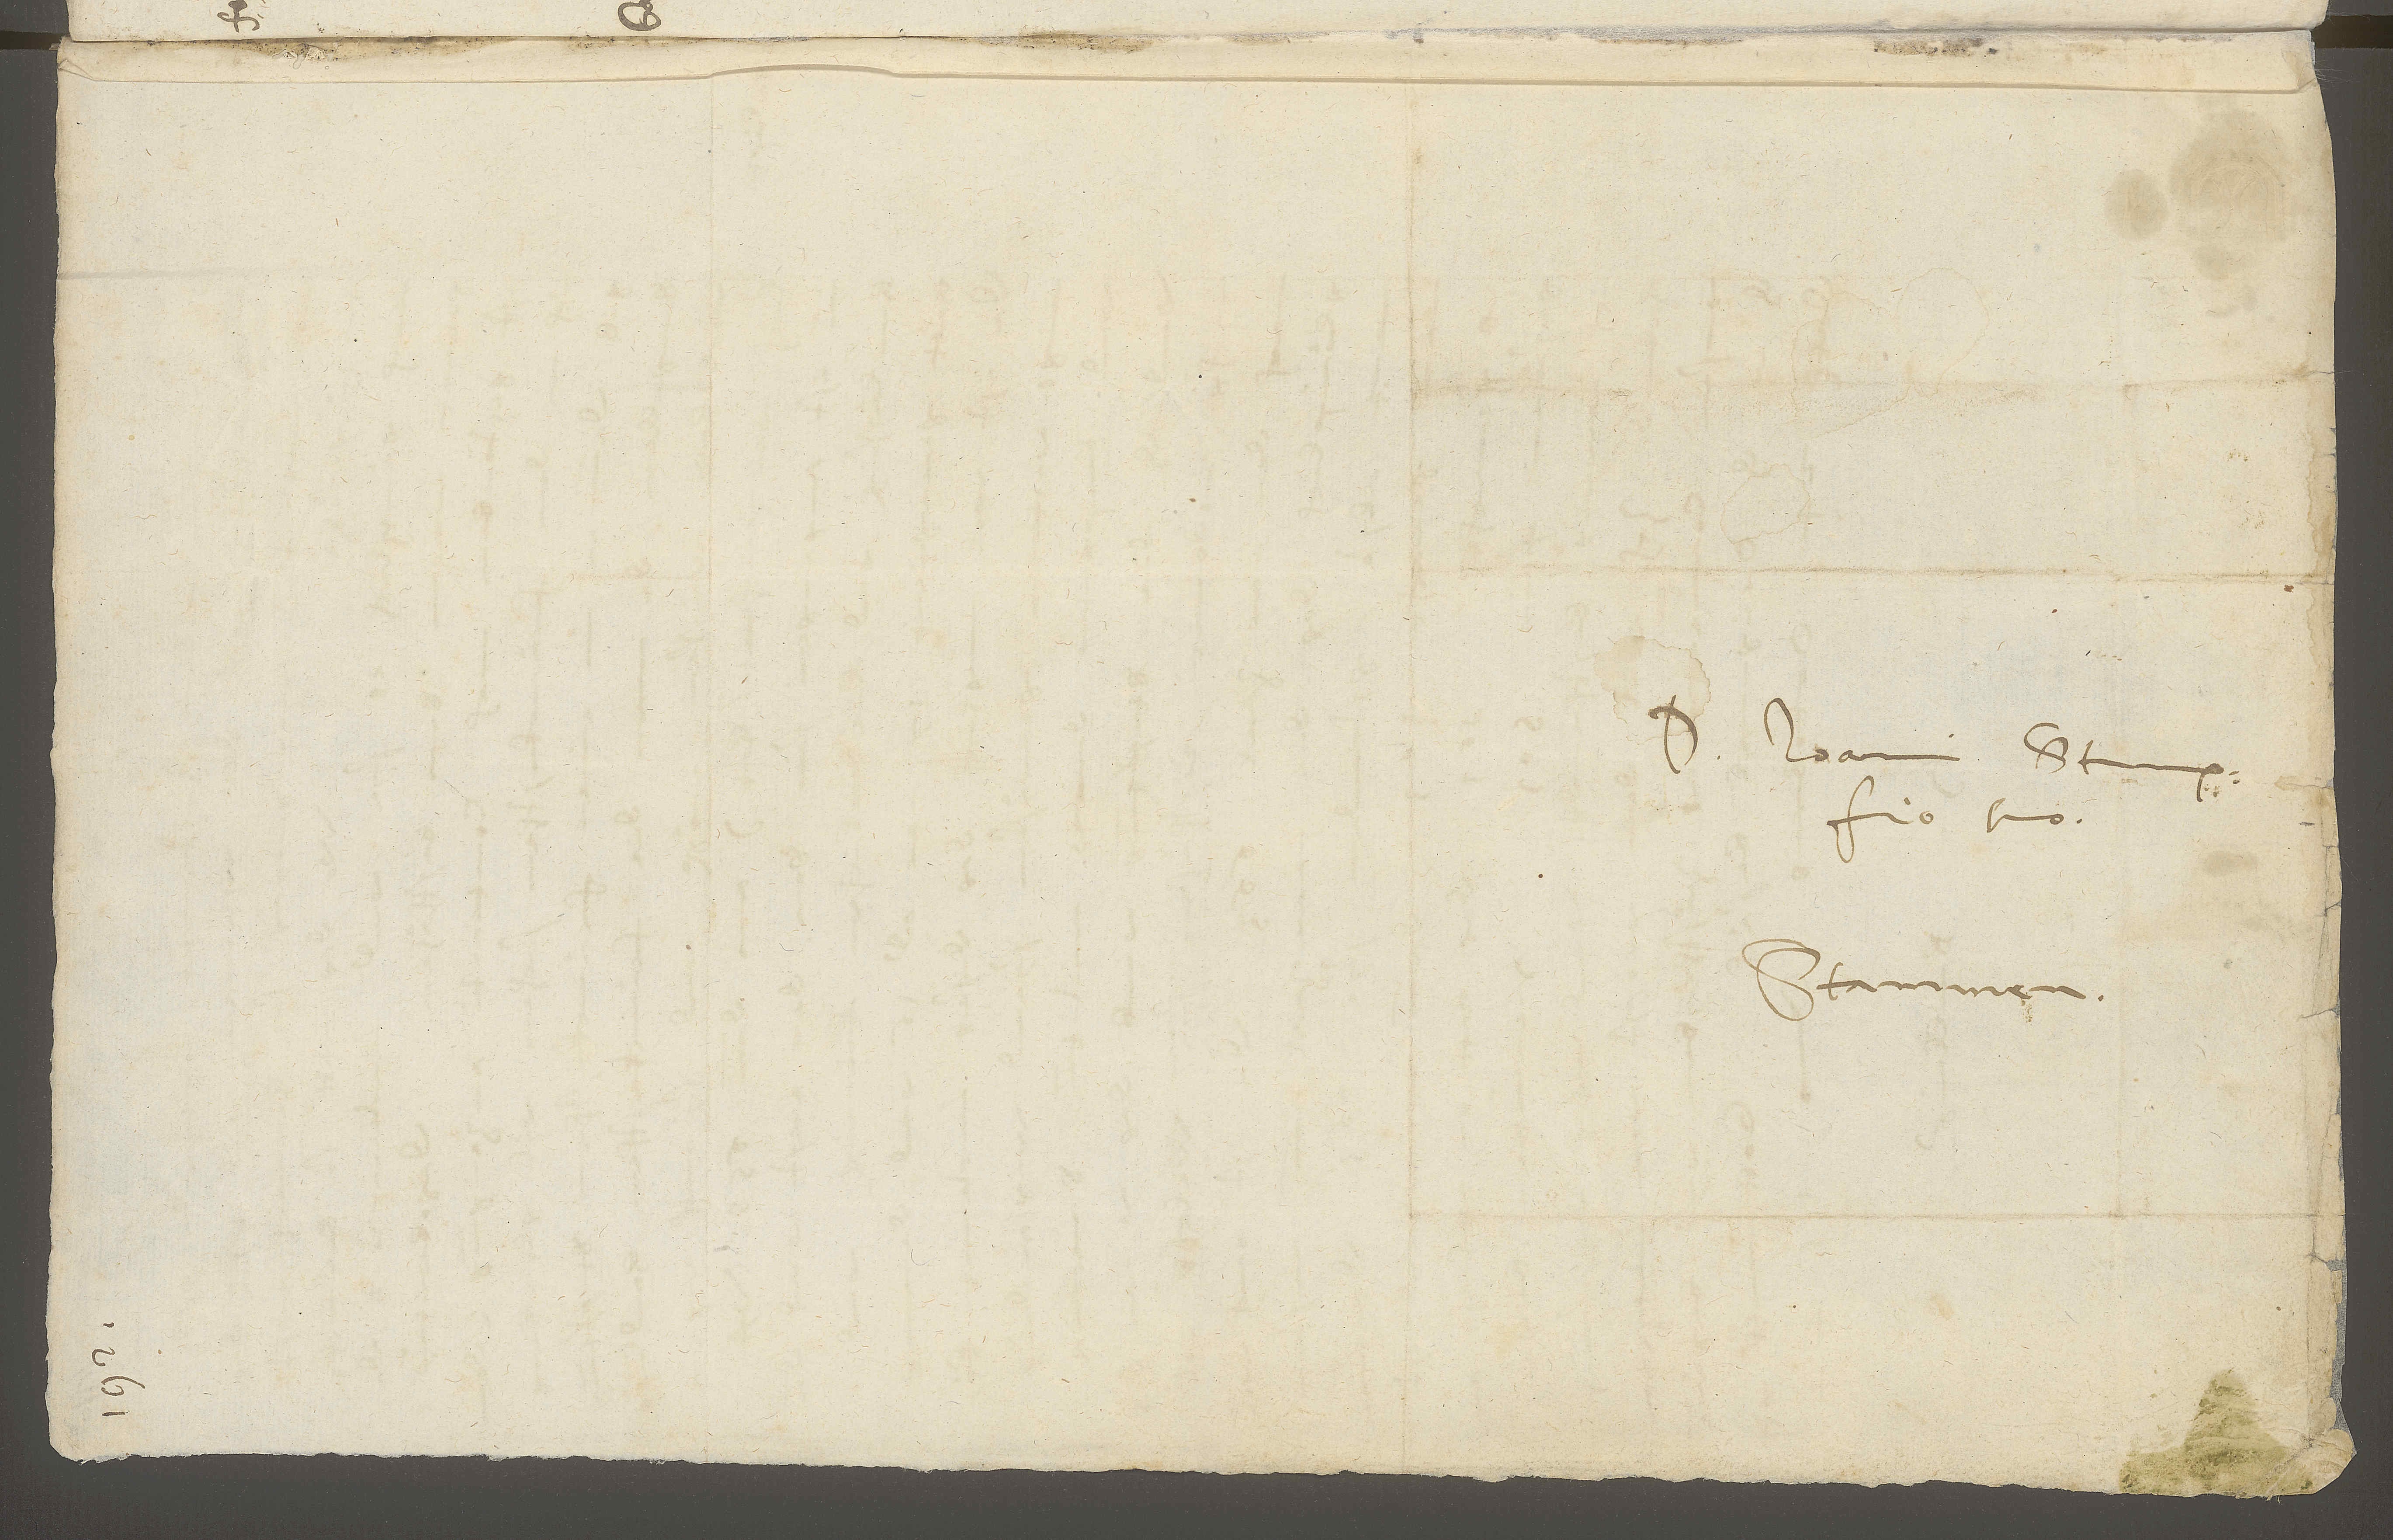
Stammen.